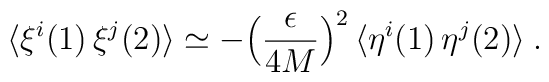
\langle \xi^i(1) \, \xi^j(2) \rangle \simeq-\Bigl(\frac{\epsilon}{4M}\Bigr)^2\,\langle \eta^i(1) \, \eta^j(2) \rangle \>.